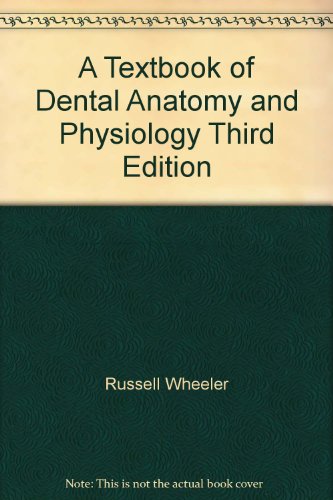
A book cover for A Textbook of Dental Anatomy and Physiology: Third Edition; Russell C. Wheeler; Medical Books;